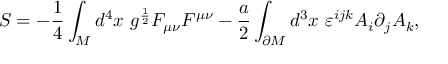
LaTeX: S = - \frac 1 4 \int _ { M } d ^ { 4 } x \ g ^ { \frac 1 2 } F _ { \mu \nu } F ^ { \mu \nu } - \frac a 2 \int _ { \partial M } d ^ { 3 } x \ \varepsilon ^ { i j k } A _ { i } \partial _ { j } A _ { k } ,